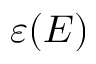
\varepsilon ( E )